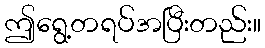
ဤရွေ့တရပ်အပြီးတည်း။